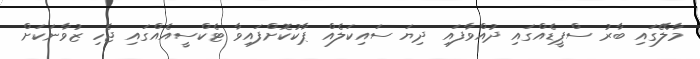
މާލޭގައި ބާރު ސްޕީޑެއްގައި ދުއްވާފައި ދިޔަ ސައިކަލެއް ޕާކުކޮށްފައިވާ ޓެކްސީއެއްގައި ޖެހި ޒުވާނަކަށް